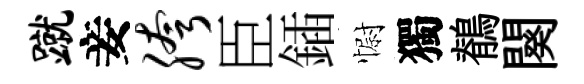
蹴妾胯臣鍤𢠢獨鶺闋